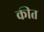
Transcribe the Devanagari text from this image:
कीत